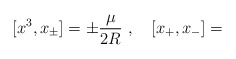
\begin{align*}[x^3, x_{\pm} ] = \pm \frac{\mu}{2 R}~, \ \ \ [x_+, x_-]=\end{align*}